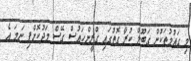
މި ގައުމުތަކުން ގަބޫލް ކުރާ ގޮތުގައި ގްރީންހައުސް ގޭސް މަދުކޮށްފި ނަމަ އެ